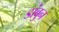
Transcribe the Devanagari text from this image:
डांबुन